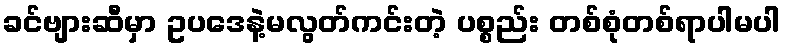
ခင်ဗျားဆီမှာ ဥပဒေနဲ့မလွတ်ကင်းတဲ့ ပစ္စည်း တစ်စုံတစ်ရာပါမပါ